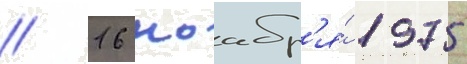
// 16 ноабр'я́ 1975